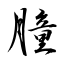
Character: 朣